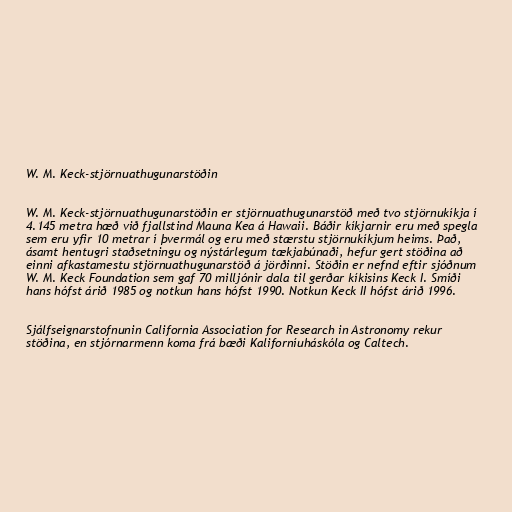
W. M. Keck-stjörnuathugunarstöðin

W. M. Keck-stjörnuathugunarstöðin er stjörnuathugunarstöð með tvo stjörnukíkja í
4.145 metra hæð við fjallstind Mauna Kea á Hawaii. Báðir kíkjarnir eru með spegla
sem eru yfir 10 metrar í þvermál og eru með stærstu stjörnukíkjum heims. Það,
ásamt hentugri staðsetningu og nýstárlegum tækjabúnaði, hefur gert stöðina að
einni afkastamestu stjörnuathugunarstöð á jörðinni. Stöðin er nefnd eftir sjóðnum
W. M. Keck Foundation sem gaf 70 milljónir dala til gerðar kíkisins Keck I. Smíði
hans hófst árið 1985 og notkun hans hófst 1990. Notkun Keck II hófst árið 1996.

Sjálfseignarstofnunin California Association for Research in Astronomy rekur
stöðina, en stjórnarmenn koma frá bæði Kaliforníuháskóla og Caltech.